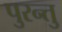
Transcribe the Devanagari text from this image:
पुरन्तु